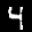
Label: 4